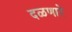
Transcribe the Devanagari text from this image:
दळणारे